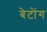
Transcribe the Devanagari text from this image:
बेटोंग